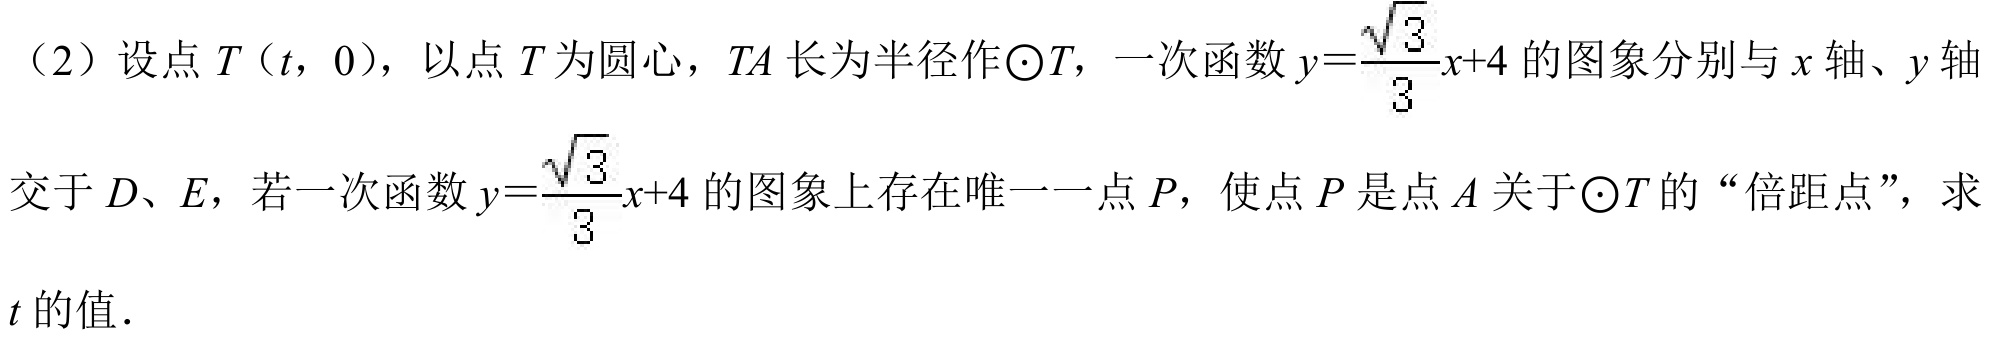
（2）设点\(T（t，0）\)，以点\(T\)为圆心，\(TA\)长为半径作\(\odot T\)，一次函数\(y = \frac{\sqrt{3}}{3}x + 4\)的图象分别与\(x\)轴、\(y\)轴
交于\(D、E\)，若一次函数\(y = \frac{\sqrt{3}}{3}x + 4\)的图象上存在唯一一点\(P\)，使点\(P\)是点\(A\)关于\(\odot T\)的“倍距点”，求
\(t\)的值．